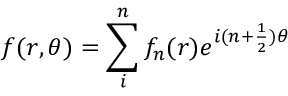
\displaystyle f ( r , \theta ) = \sum _ { i } ^ { n } { f _ { n } ( r ) e ^ { i ( n + \frac { 1 } { 2 } ) \theta } }